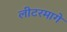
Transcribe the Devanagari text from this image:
लीटरमागे